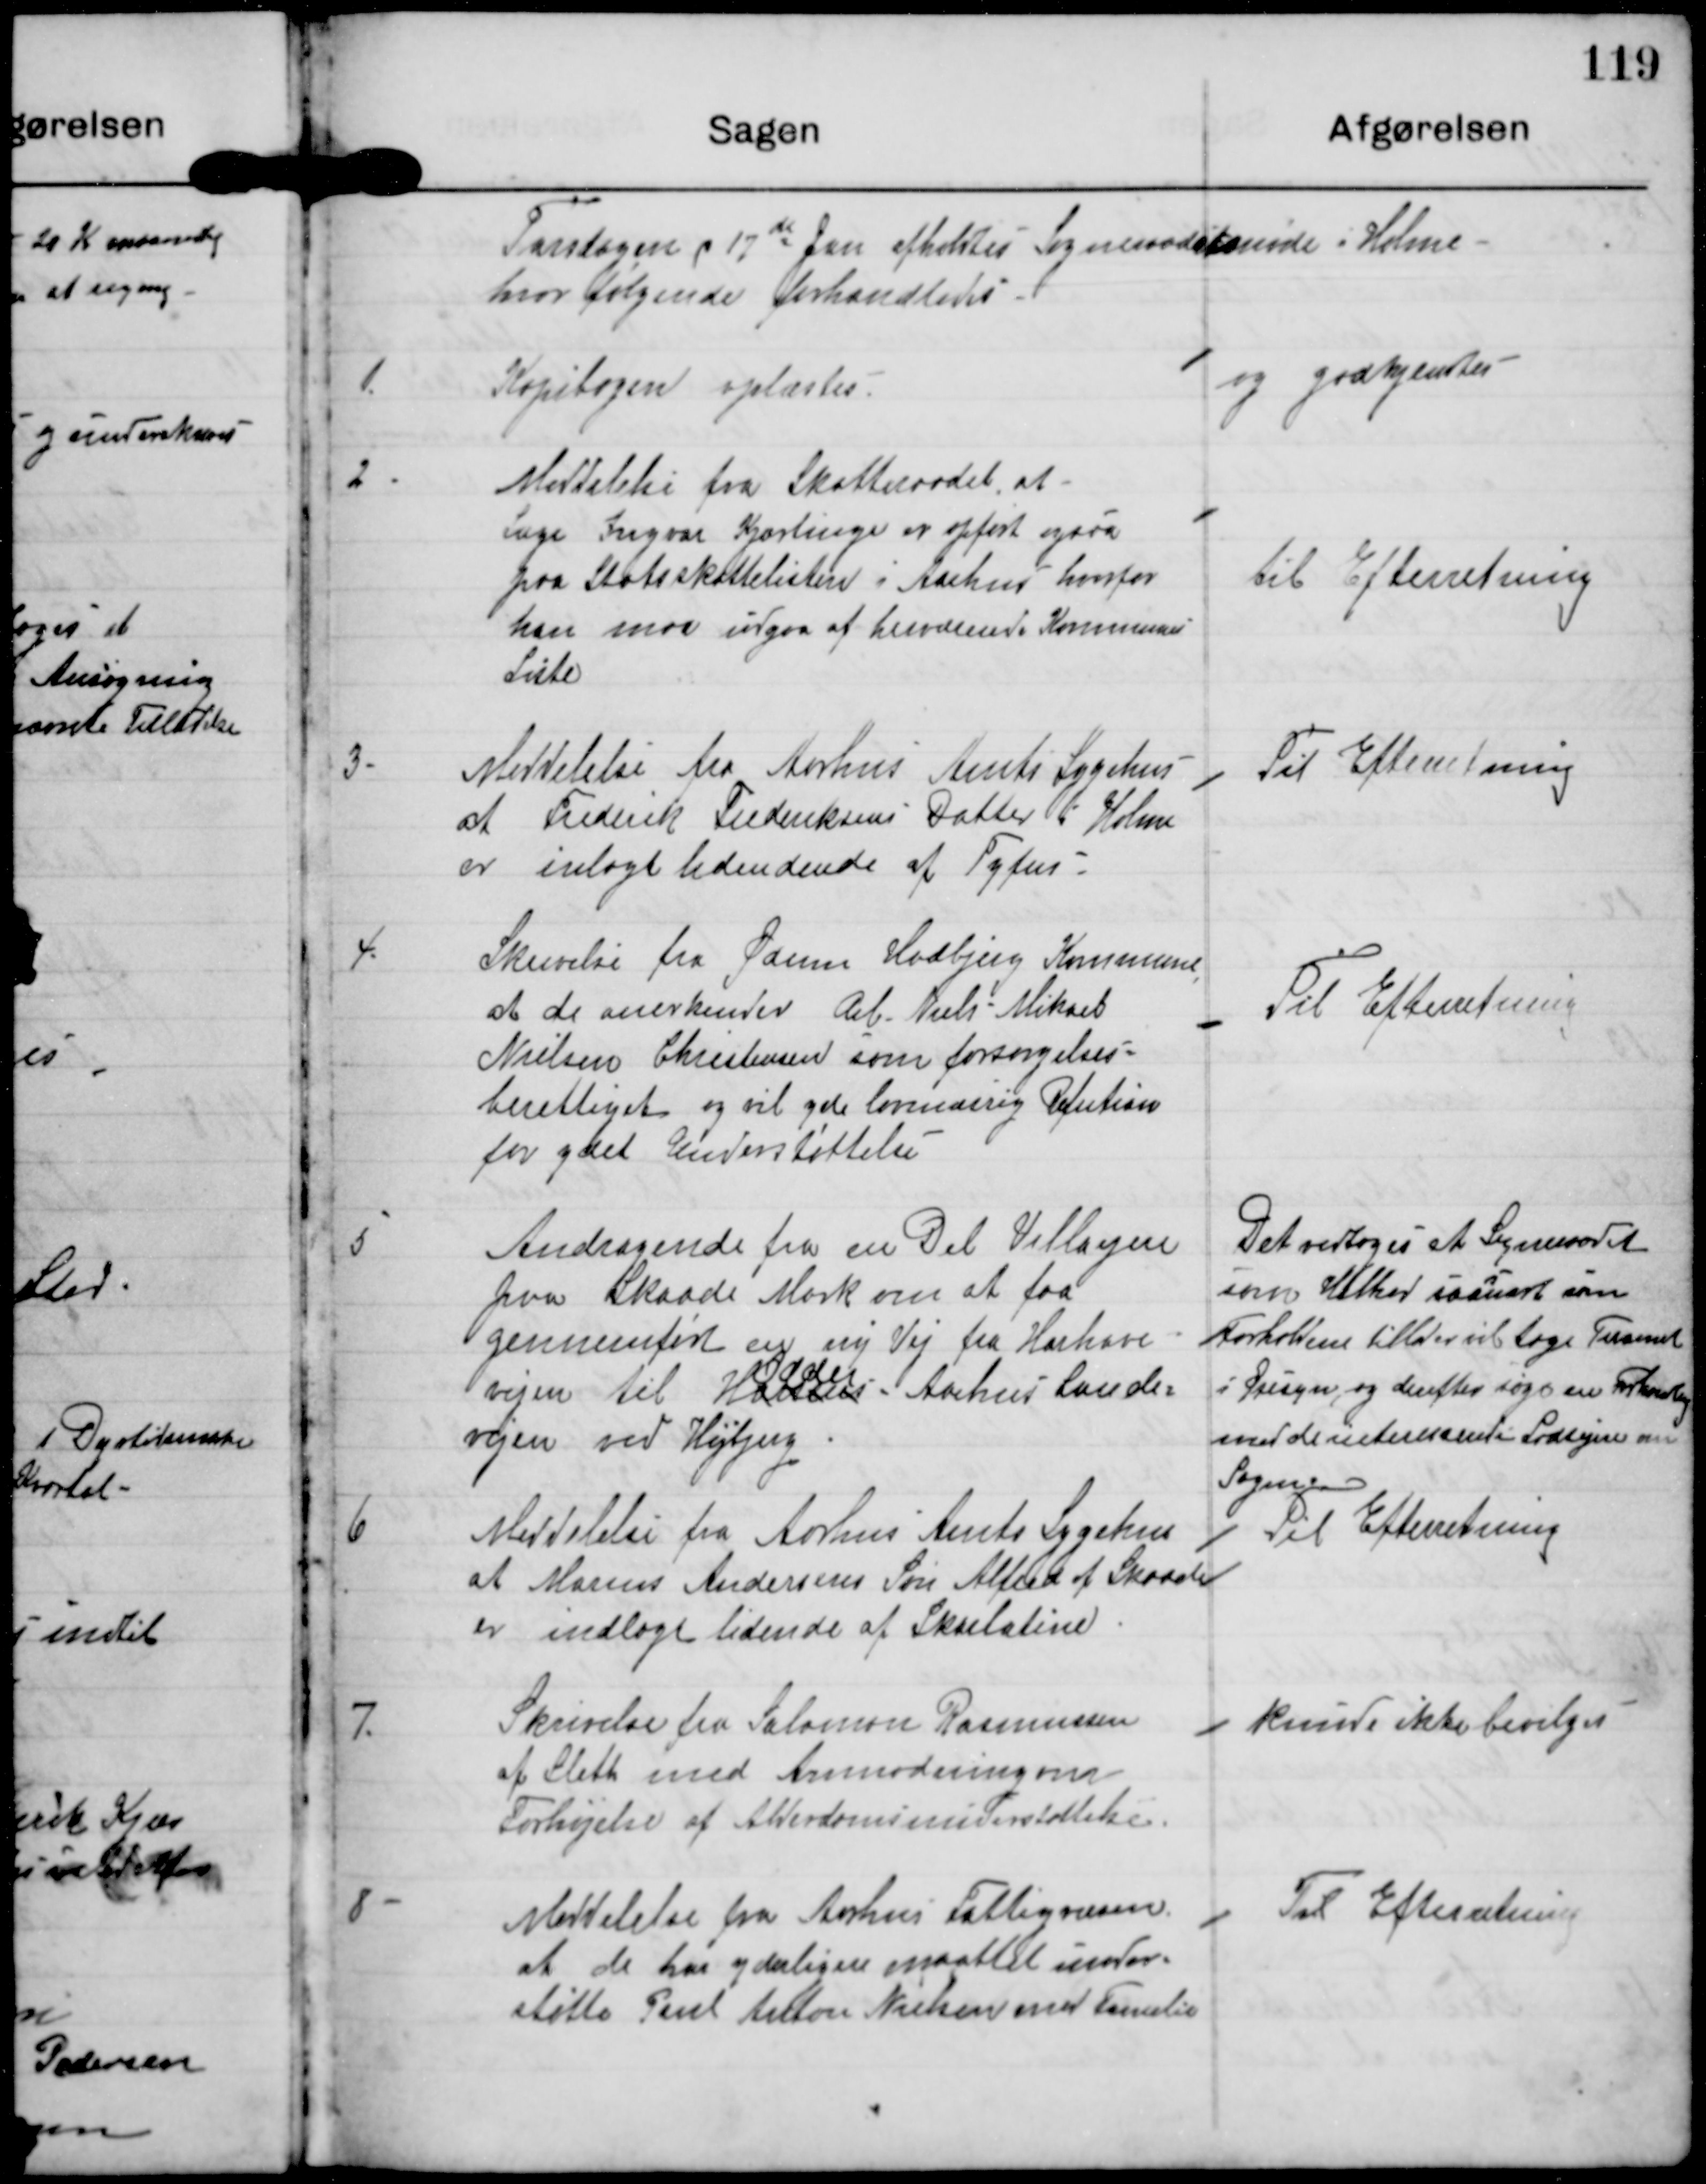
Transskription:
Torsdagen d 13de afholdtes Sogneraadsmøde i Holme,
hvor følgende forhandledes.

1.

Kopibogen oplæstes

og godkjentes

2.

Meddelelse fra Skatteraadet at
Læge Ingvar Kjartings er opført ogsaa
paa Statsskattelisen i Aarhus, hvorfor
han maa udgaa af herværende Kommunes
liste

til Efterretning

3.

Meddelelse fra Aarhus Amts Sygehus
at Frederik Frederiksens Datter i Holme
er inlagt lidende af Tyfus.

Til Efterretning

4.

Skrivelse fra Ødum Hadbjerg Kommune
at de anerkender arb. Niels Mikael
Nielsen Christensen som forsørgelses-
berettiget og vil yde lønmæssig Refution
for ydet Understøttelse.

Til Efterretning

5

Andragende fra en Del Villaejere
fra Skaade Mark om at faa
gennemført en ny Vej fra Hørhave-
Odder
vejen til Horsens Aarhus Lande-
vejen ved Højbjerg.

Det vedtoges at Sogneraadet
som Helhed saasnart som
Forholdene tillader vil tage Tu
i Øjesyn og derefter søge en Forhandling
med de interesserede Lodsejere ved
Sognevejen.

6

Meddelelse fra Aarhus Amts Sygehus
at Maren Andersens Søn Alfred af Skaade
er indlagt lidende af Skarlatine.

Til Efterretning

7.

Skrivelse fra Salomon Rasmussen
af Sleth med Anmodning om
Forhøjelse af Alderdomsunderstøttelse.

kunde ikke bevilges

8

Meddelelse fra Aarhus Fattigvæsen
at de har yderligere maattet under-
støtte Paul Anton Nielseen med Familie.

Til Efterretning